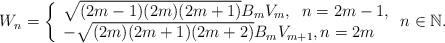
LaTeX: \begin{align*}W_n = \left\{ \begin{array}{l} \sqrt{(2m-1)(2m)(2m+1)} B_m V_m, \;\; n = 2m-1, \\-\sqrt{(2m)(2m+1)(2m+2)} B_m V_{m+1}, n = 2m \end{array} \right. n \in \mathbb{N}.\end{align*}